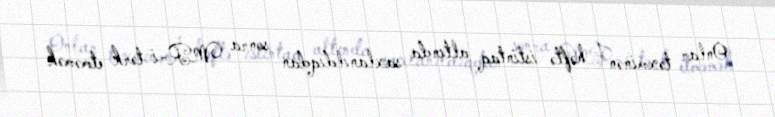
Onlar təxminən 1 həftə istintaq altında saxlanıldıqdan sonra MR-i tərk etməmək